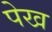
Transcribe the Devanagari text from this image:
पेख